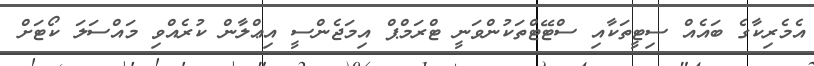
އެމެރިކާގެ ބައެއް ސިޓީތަކާއި ސްޓޭޓްތަކުންވަނީ ޓްރަމްޕް އިމަޖެންސީ އިޢްލާން ކުރެއްވި މައްސަލަ ކޯޓަށް